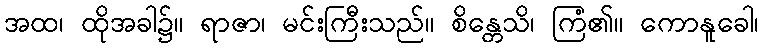
အထ၊ ထိုအခါ၌။ ရာဇာ၊ မင်းကြီးသည်။ စိန္တေသိ၊ ကြံ၏။ ကောနူခေါ၊